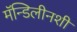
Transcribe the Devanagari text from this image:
मॅन्डिलीनशी